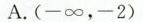
A.(-∞，-2)